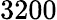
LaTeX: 3200